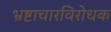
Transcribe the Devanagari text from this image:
भ्रष्टाचारविरोधक